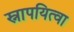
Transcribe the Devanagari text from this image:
स्नापयित्वा